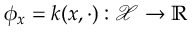
\phi _ { x } = k ( x , \cdot ) : \mathcal { X } \to \mathbb { R }